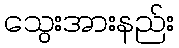
သွေးအားနည်း